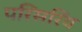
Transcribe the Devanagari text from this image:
परिसरिय